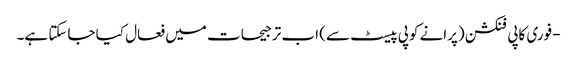
- فوری کاپی فنکشن (پرانے کوپی پیسٹ سے) اب ترجیحات میں فعال کیا جاسکتا ہے۔